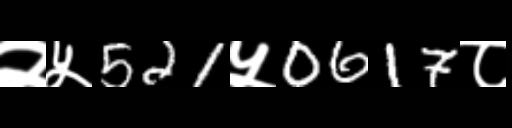
Text: २५521५0617८